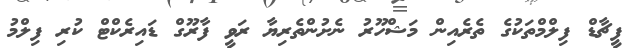
ފީޗާޑް ފިލްމްތަކުގެ ތެރެއިން މަޝްހޫރު ނެށުންތެރިޔާ ރަވީ ފާރޫގް ޑައިރެކްޓް ކުރި ފިލްމު